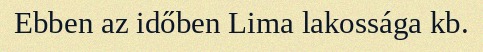
Ebben az időben Lima lakossága kb.